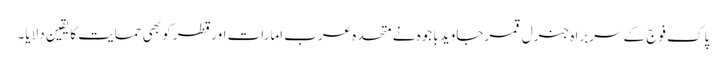
پاک فوج کے سربراہ جنرل قمر جاوید باجوہ نے متحدہ عرب امارات اور قطر کو بھی حمایت کا یقین دلایا۔